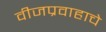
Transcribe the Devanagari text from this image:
वीजप्रवाहाचे